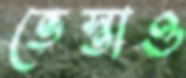
ভেস্তাও